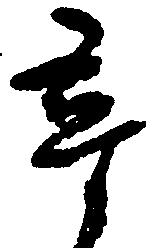
尋